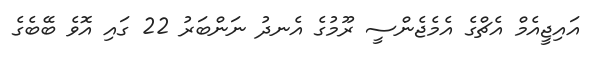
އައިޖީއެމް އެޗްގެ އެމެޖެންސީ ރޫމުގެ އެނދު ނަންބަރު 22 ގައި އޮވެ ބޭބެގެ